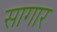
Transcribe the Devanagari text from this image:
सागार